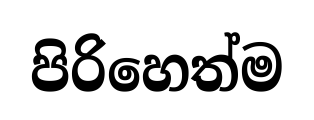
පිරිහෙත්ම